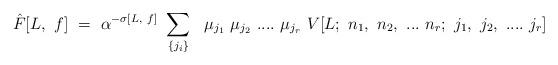
LaTeX: \begin{align*}{\hat F[L,~f]}~=~ \alpha^{-\sigma[L,~f]}~\sum_{\{j_i\}}~~\mu_{j_1}~\mu_{j_2}~....~\mu_{j_r}~ V[L;~n_1,~n_2,~...~n_r;~ j_1,~j_2,~....~j_r]\end{align*}